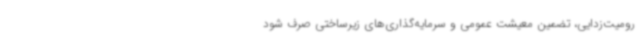
رومیت‌زدایی، تضمین معیشت عمومی و سرمایه‌گذاری‌های زیرساختی صرف شود